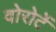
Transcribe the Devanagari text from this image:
वोरोर्टे